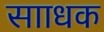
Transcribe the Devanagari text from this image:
सााधक